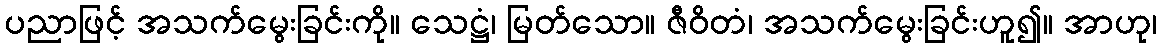
ပညာဖြင့် အသက်မွေးခြင်းကို။ သေဋ္ဌံ၊ မြတ်သော။ ဇီဝိတံ၊ အသက်မွေးခြင်းဟူ၍။ အာဟု၊